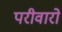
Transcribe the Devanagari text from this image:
परीवारो